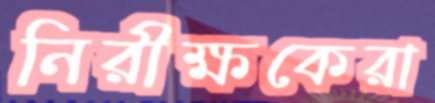
নিরীক্ষকেরা